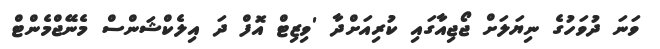
ވަނަ ދުވަހުގެ ނިޔަލަށް ޖޯޖިއާގައި ކުރިއަށްދާ 'ވިޒިޓް އޮފް ދަ އިލެކްޝަންސް މެނޭޖްމެންޓް